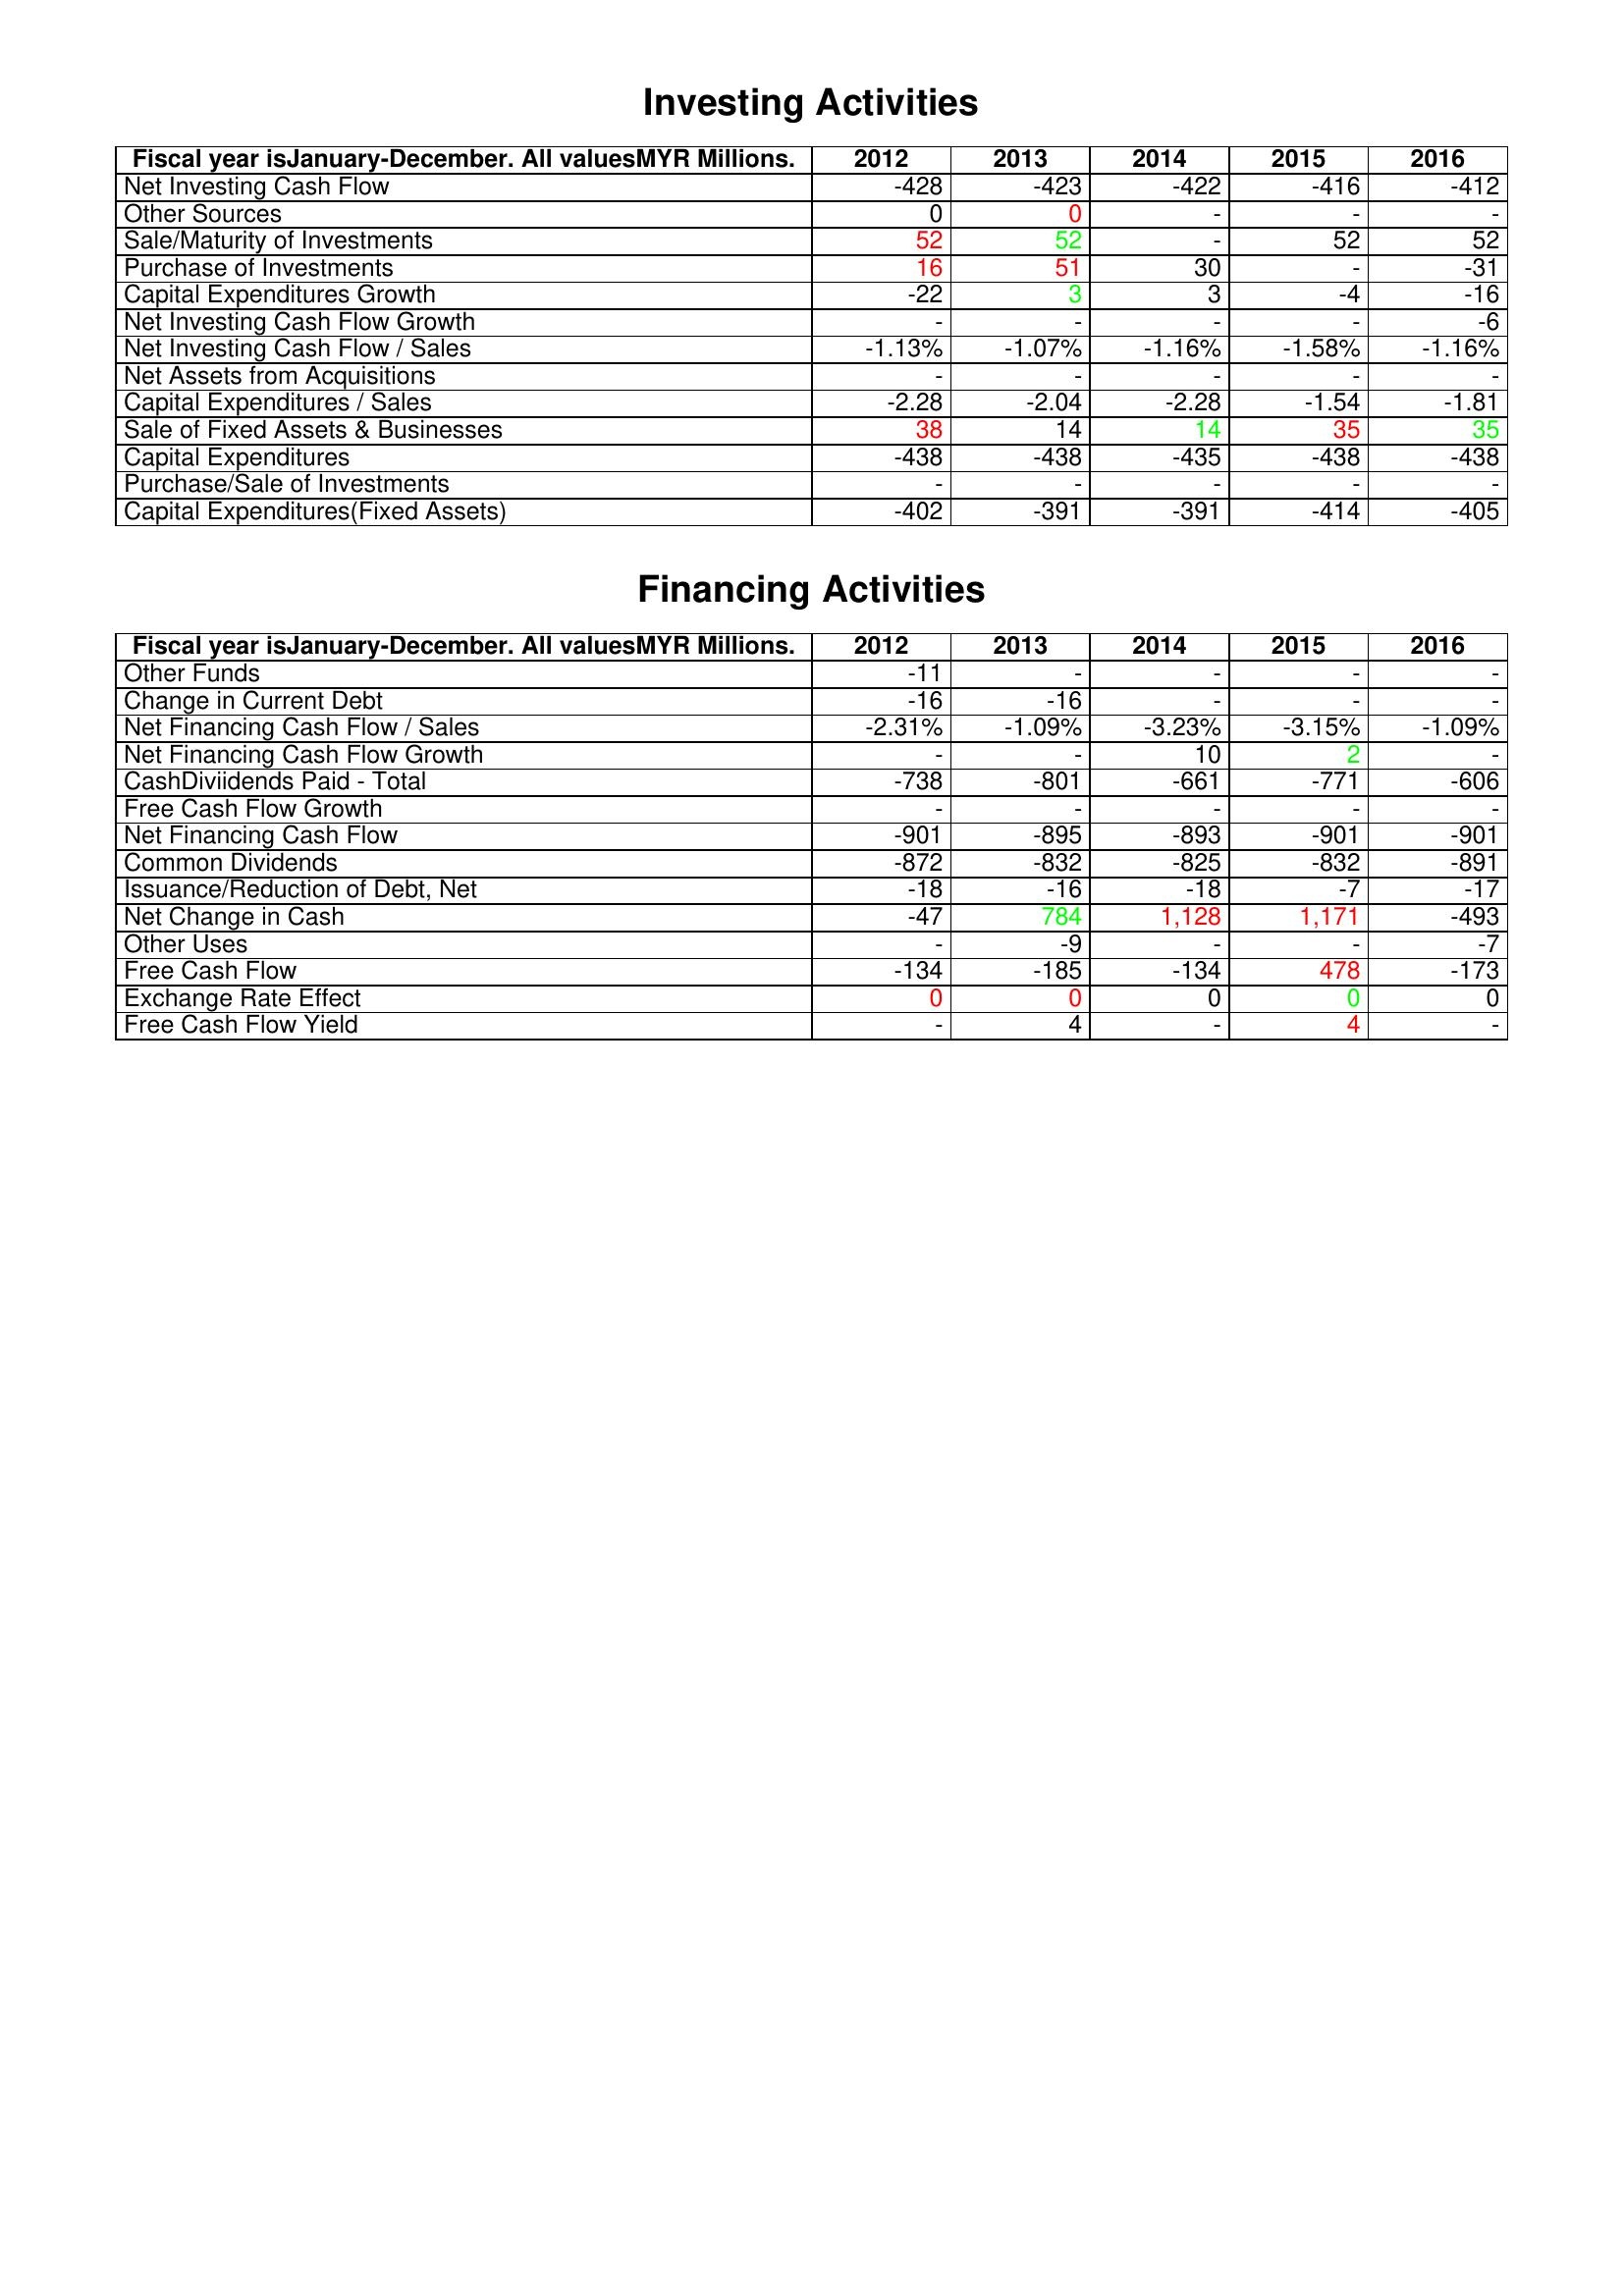
gt_parse: 2012: Investing Activities: Net Investing Cash Flow: -428
Other Sources: 0
Sale/Maturity of Investments: 52
Purchase of Investments: 16
Capital Expenditures Growth: -22
Net Investing Cash Flow Growth: -
Net Investing Cash Flow / Sales: -1.13%
Net Assets from Acquisitions: -
Capital Expenditures / Sales: -2.28
Sale of Fixed Assets & Businesses: 38
Capital Expenditures: -438
Purchase/Sale of Investments: -
Capital Expenditures(Fixed Assets): -402
Financing Activities: Other Funds: -11
Change in Current Debt: -16
Net Financing Cash Flow / Sales: -2.31%
Net Financing Cash Flow Growth: -
CashDiviidends Paid - Total: -738
Free Cash Flow Growth: -
Net Financing Cash Flow: -901
Common Dividends: -872
Issuance/Reduction of Debt, Net: -18
Net Change in Cash: -47
Other Uses: -
Free Cash Flow: -134
Exchange Rate Effect: 0
Free Cash Flow Yield: -
2013: Investing Activities: Net Investing Cash Flow: -423
Other Sources: 0
Sale/Maturity of Investments: 52
Purchase of Investments: 51
Capital Expenditures Growth: 3
Net Investing Cash Flow Growth: -
Net Investing Cash Flow / Sales: -1.07%
Net Assets from Acquisitions: -
Capital Expenditures / Sales: -2.04
Sale of Fixed Assets & Businesses: 14
Capital Expenditures: -438
Purchase/Sale of Investments: -
Capital Expenditures(Fixed Assets): -391
Financing Activities: Other Funds: -
Change in Current Debt: -16
Net Financing Cash Flow / Sales: -1.09%
Net Financing Cash Flow Growth: -
CashDiviidends Paid - Total: -801
Free Cash Flow Growth: -
Net Financing Cash Flow: -895
Common Dividends: -832
Issuance/Reduction of Debt, Net: -16
Net Change in Cash: 784
Other Uses: -9
Free Cash Flow: -185
Exchange Rate Effect: 0
Free Cash Flow Yield: 4
2014: Investing Activities: Net Investing Cash Flow: -422
Other Sources: -
Sale/Maturity of Investments: -
Purchase of Investments: 30
Capital Expenditures Growth: 3
Net Investing Cash Flow Growth: -
Net Investing Cash Flow / Sales: -1.16%
Net Assets from Acquisitions: -
Capital Expenditures / Sales: -2.28
Sale of Fixed Assets & Businesses: 14
Capital Expenditures: -435
Purchase/Sale of Investments: -
Capital Expenditures(Fixed Assets): -391
Financing Activities: Other Funds: -
Change in Current Debt: -
Net Financing Cash Flow / Sales: -3.23%
Net Financing Cash Flow Growth: 10
CashDiviidends Paid - Total: -661
Free Cash Flow Growth: -
Net Financing Cash Flow: -893
Common Dividends: -825
Issuance/Reduction of Debt, Net: -18
Net Change in Cash: 1,128
Other Uses: -
Free Cash Flow: -134
Exchange Rate Effect: 0
Free Cash Flow Yield: -
2015: Investing Activities: Net Investing Cash Flow: -416
Other Sources: -
Sale/Maturity of Investments: 52
Purchase of Investments: -
Capital Expenditures Growth: -4
Net Investing Cash Flow Growth: -
Net Investing Cash Flow / Sales: -1.58%
Net Assets from Acquisitions: -
Capital Expenditures / Sales: -1.54
Sale of Fixed Assets & Businesses: 35
Capital Expenditures: -438
Purchase/Sale of Investments: -
Capital Expenditures(Fixed Assets): -414
Financing Activities: Other Funds: -
Change in Current Debt: -
Net Financing Cash Flow / Sales: -3.15%
Net Financing Cash Flow Growth: 2
CashDiviidends Paid - Total: -771
Free Cash Flow Growth: -
Net Financing Cash Flow: -901
Common Dividends: -832
Issuance/Reduction of Debt, Net: -7
Net Change in Cash: 1,171
Other Uses: -
Free Cash Flow: 478
Exchange Rate Effect: 0
Free Cash Flow Yield: 4
2016: Investing Activities: Net Investing Cash Flow: -412
Other Sources: -
Sale/Maturity of Investments: 52
Purchase of Investments: -31
Capital Expenditures Growth: -16
Net Investing Cash Flow Growth: -6
Net Investing Cash Flow / Sales: -1.16%
Net Assets from Acquisitions: -
Capital Expenditures / Sales: -1.81
Sale of Fixed Assets & Businesses: 35
Capital Expenditures: -438
Purchase/Sale of Investments: -
Capital Expenditures(Fixed Assets): -405
Financing Activities: Other Funds: -
Change in Current Debt: -
Net Financing Cash Flow / Sales: -1.09%
Net Financing Cash Flow Growth: -
CashDiviidends Paid - Total: -606
Free Cash Flow Growth: -
Net Financing Cash Flow: -901
Common Dividends: -891
Issuance/Reduction of Debt, Net: -17
Net Change in Cash: -493
Other Uses: -7
Free Cash Flow: -173
Exchange Rate Effect: 0
Free Cash Flow Yield: -